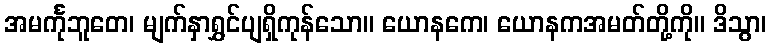
အမင်္ကုဘူတေ၊ မျက်နှာရွှင်ပျရှိကုန်သော။ ယောနကေ၊ ယောနကအမတ်တို့ကို။ ဒိသွာ၊